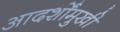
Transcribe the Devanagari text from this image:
आदर्शोंमुखी